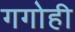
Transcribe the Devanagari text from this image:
गगोही